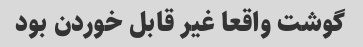
گوشت واقعا غیر قابل خوردن بود